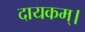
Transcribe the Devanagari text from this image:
दायकम्।